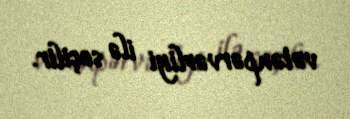
vətənpərvərliyi ilə seçilir.